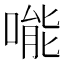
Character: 𠹌